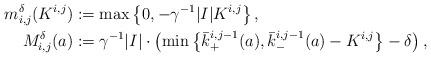
LaTeX: \begin{align*}m^{\delta}_{i,j}(K^{i,j})&:=\max\left\{0,-\gamma^{-1}|I|K^{i,j}\right\},\\M^{\delta}_{i,j}(a)&:=\gamma^{-1}|I|\cdot\left(\min\left\{\bar k^{i,j-1}_{+}(a),\bar k^{i,j-1}_{-}(a)-K^{i,j}\right\}-\delta\right),\end{align*}